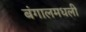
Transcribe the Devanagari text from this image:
बंगालमधली